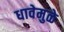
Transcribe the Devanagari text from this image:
धावेमुळे